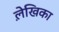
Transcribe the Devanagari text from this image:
ले़खिका